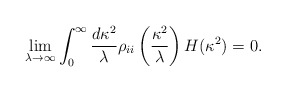
\begin{align*}\lim_{\lambda \rightarrow \infty} \int_0 ^\infty \frac{d \kappa^2}{\lambda}\rho_{ii} \left(\frac{\kappa^2}{\lambda}\right) H(\kappa^2) =0.\end{align*}